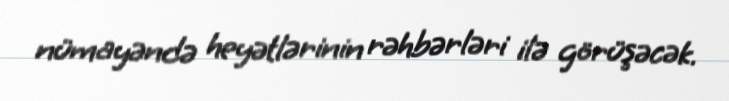
nümayəndə heyətlərinin rəhbərləri ilə görüşəcək.